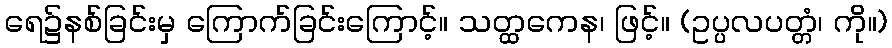
ရေ၌နစ်ခြင်းမှ ကြောက်ခြင်းကြောင့်။ သတ္ထကေန၊ ဖြင့်။ (ဥပ္ပလပတ္တံ၊ ကို။)